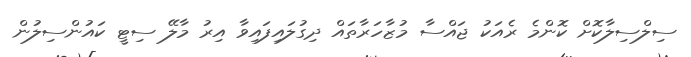
ސިލްސިލާކޮށް ކޮންމެ ރެއަކު ޖައްސާ މުޒާހަރާތައް ދިގުލައިފައިވާ އިރު މާލޭ ސިޓީ ކައުންސިލުން